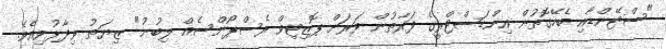
"ސްޓޭންޑާއި ބެހޭގޮތުން އިންޑަސްޓްރީގެ ފަރާތުން ވަރަށް ޕޮޒިޓިވް ރެސްޕޯންސެއް ލިބުނު" ޒިޔަތު ވިދާޅުވިއެވެ.